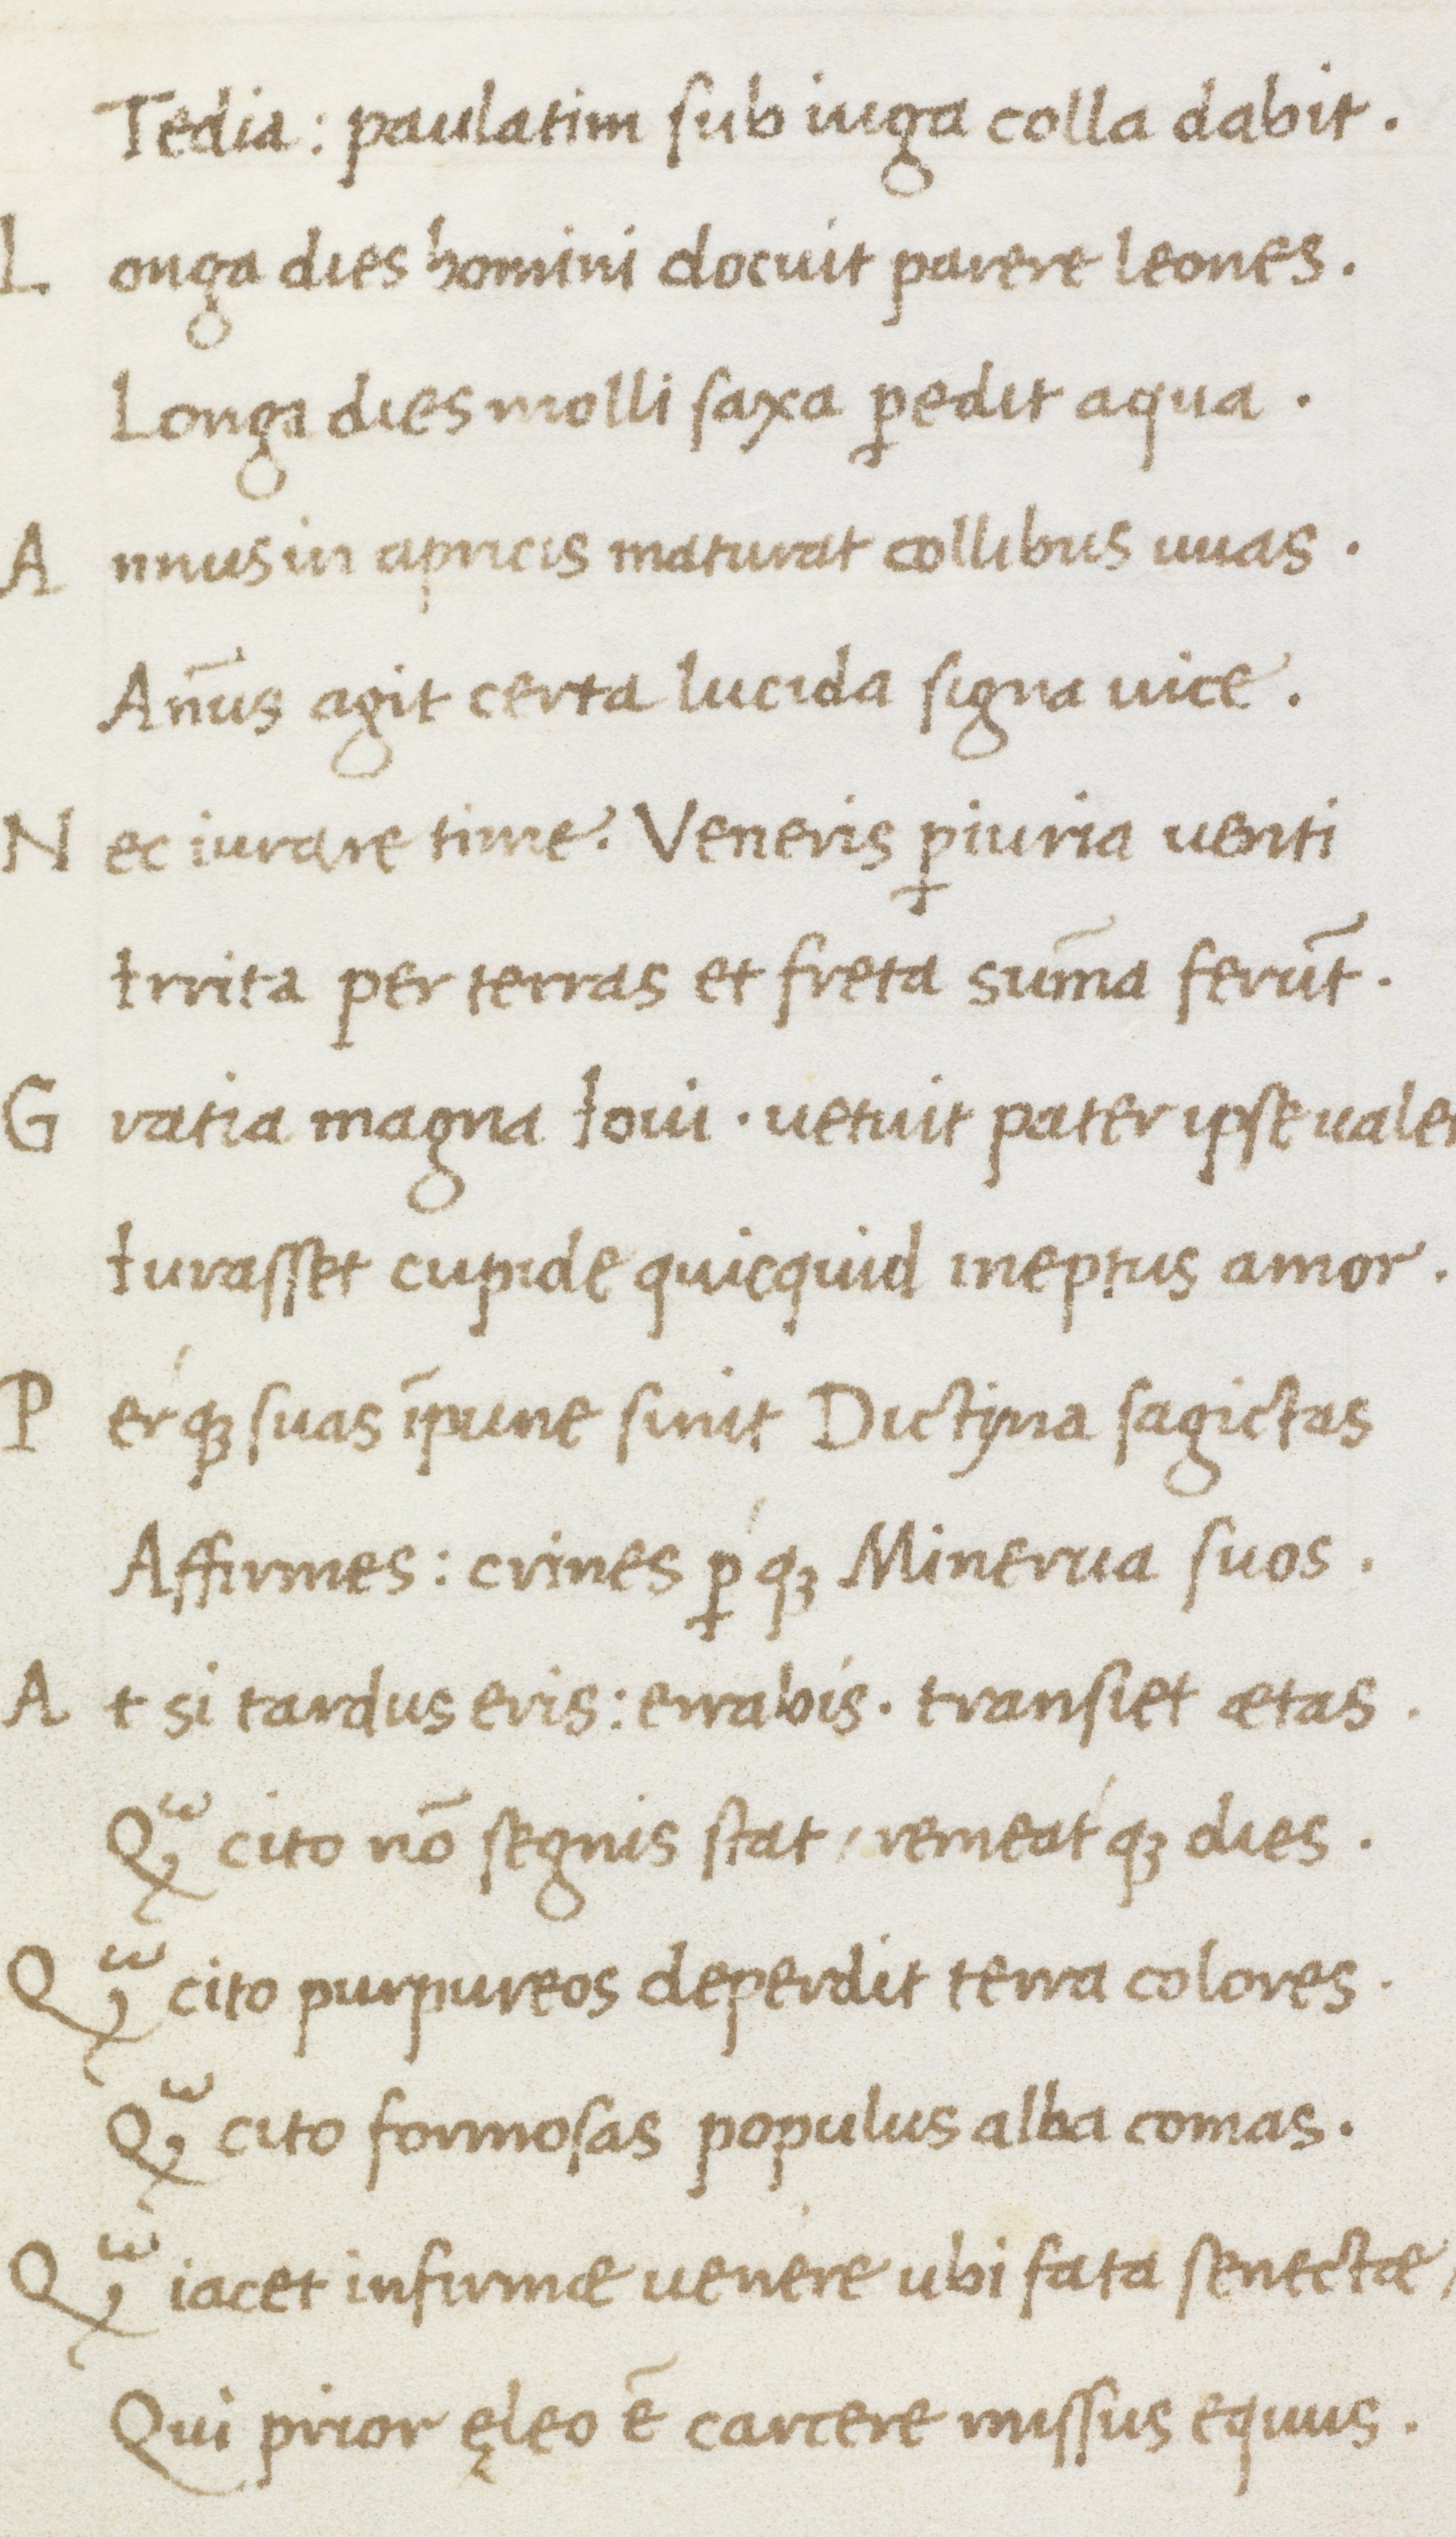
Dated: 1475–1495